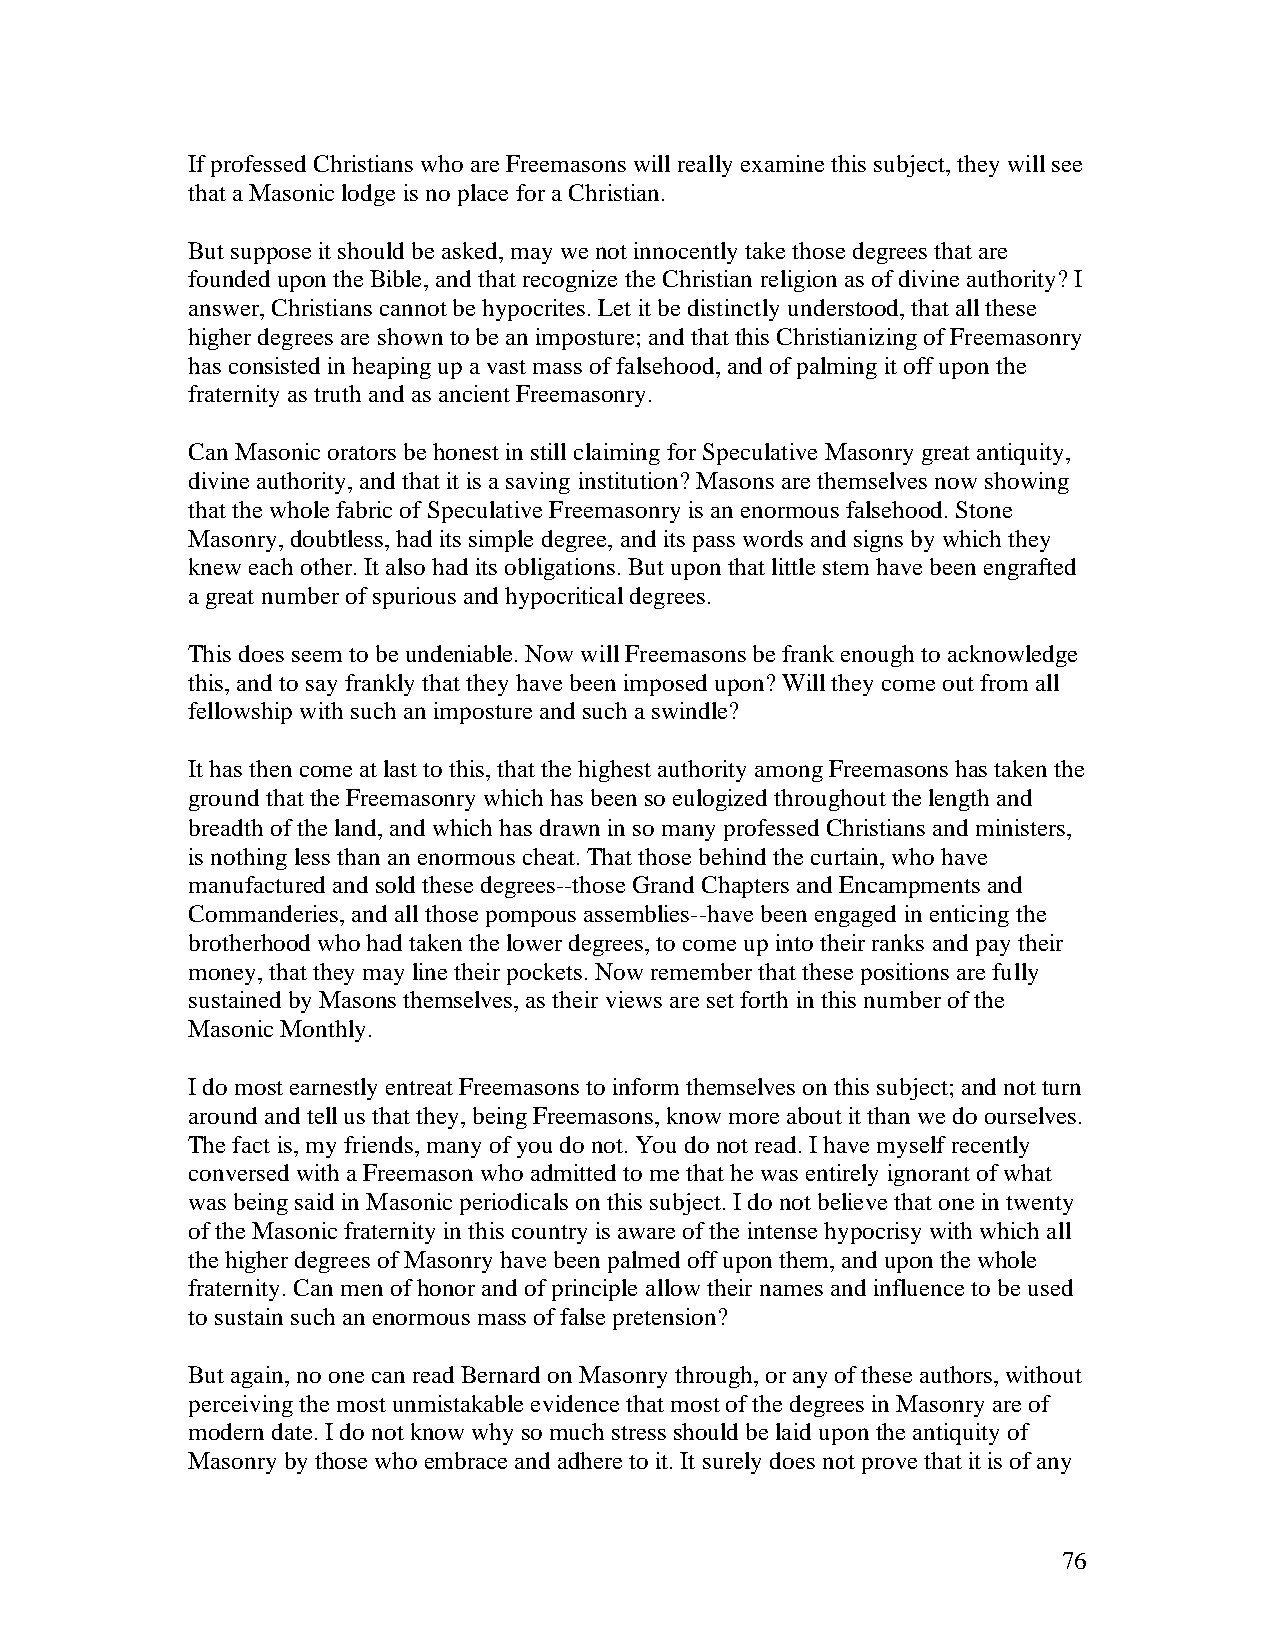
If professed Christians who are Freemasons will really examine this subject, they will see
 that a Masonic lodge is no place for a Christian.
 But suppose it should be asked, may we not innocently take those degrees that are
 founded upon the Bible, and that recognize the Christian religion as of divine authority? I
 answer, Christians cannot be hypocrites. Let it be distinctly understood, that all these
 higher degrees are shown to be an imposture; and that this Christianizing of Freemasonry
 has consisted in heaping up a vast mass of falsehood, and of palming it off upon the
 fraternity as truth and as ancient Freemasonry.
 Can Masonic orators be honest in still claiming for Speculative Masonry great antiquity,
 divine authority, and that it is a saving institution? Masons are themselves now showing
 that the whole fabric of Speculative Freemasonry is an enormous falsehood. Stone
 Masonry, doubtless, had its simple degree, and its pass words and signs by which they
 knew each other. It also had its obligations. But upon that little stem have been engrafted
 a great number of spurious and hypocritical degrees.
 This does seem to be undeniable. Now will Freemasons be frank enough to acknowledge
 this, and to say frankly that they have been imposed upon? Will they come out from all
 fellowship with such an imposture and such a swindle?
 It has then come at last to this, that the highest authority among Freemasons has taken the
 ground that the Freemasonry which has been so eulogized throughout the length and
 breadth of the land, and which has drawn in so many professed Christians and ministers,
 is nothing less than an enormous cheat. That those behind the curtain, who have
 manufactured and sold these degrees--those Grand Chapters and Encampments and
 Commanderies, and all those pompous assemblies--have been engaged in enticing the
 brotherhood who had taken the lower degrees, to come up into their ranks and pay their
 money, that they may line their pockets. Now remember that these positions are fully
 sustained by Masons themselves, as their views are set forth in this number of the
 Masonic Monthly.
 I do most earnestly entreat Freemasons to inform themselves on this subject; and not turn
 around and tell us that they, being Freemasons, know more about it than we do ourselves.
 The fact is, my friends, many of you do not. You do not read. I have myself recently
 conversed with a Freemason who admitted to me that he was entirely ignorant of what
 was being said in Masonic periodicals on this subject. I do not believe that one in twenty
 of the Masonic fraternity in this country is aware of the intense hypocrisy with which all
 the higher degrees of Masonry have been palmed off upon them, and upon the whole
 fraternity. Can men of honor and of principle allow their names and influence to be used
 to sustain such an enormous mass of false pretension?
 But again, no one can read Bernard on Masonry through, or any of these authors, without
 perceiving the most unmistakable evidence that most of the degrees in Masonry are of
 modern date. I do not know why so much stress should be laid upon the antiquity of
 Masonry by those who embrace and adhere to it. It surely does not prove that it is of any
 76